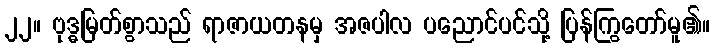
၂၂။ ဗုဒ္ဓမြတ်စွာသည် ရာဇာယတနမှ အဇပါလ ပညောင်ပင်သို့ ပြန်ကြွတော်မူ၏။